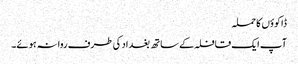
ڈاکوؤں کا حملہ
آپ ایک قافلہ کے ساتھ بغداد کی طرف روانہ ہوئے۔